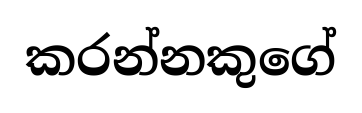
කරන්නකුගේ